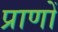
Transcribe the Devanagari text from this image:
प्राणोँ